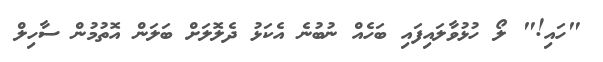
"ހައި!" ލޯ ހުޅުވާލައިފައި ބަހެއް ނުބުނެ އެކަޅު ދެލޮލަށް ބަލަން އޮތުމުން ސާހިލް